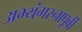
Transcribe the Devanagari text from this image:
अभ्यंगस्नापूर्वी